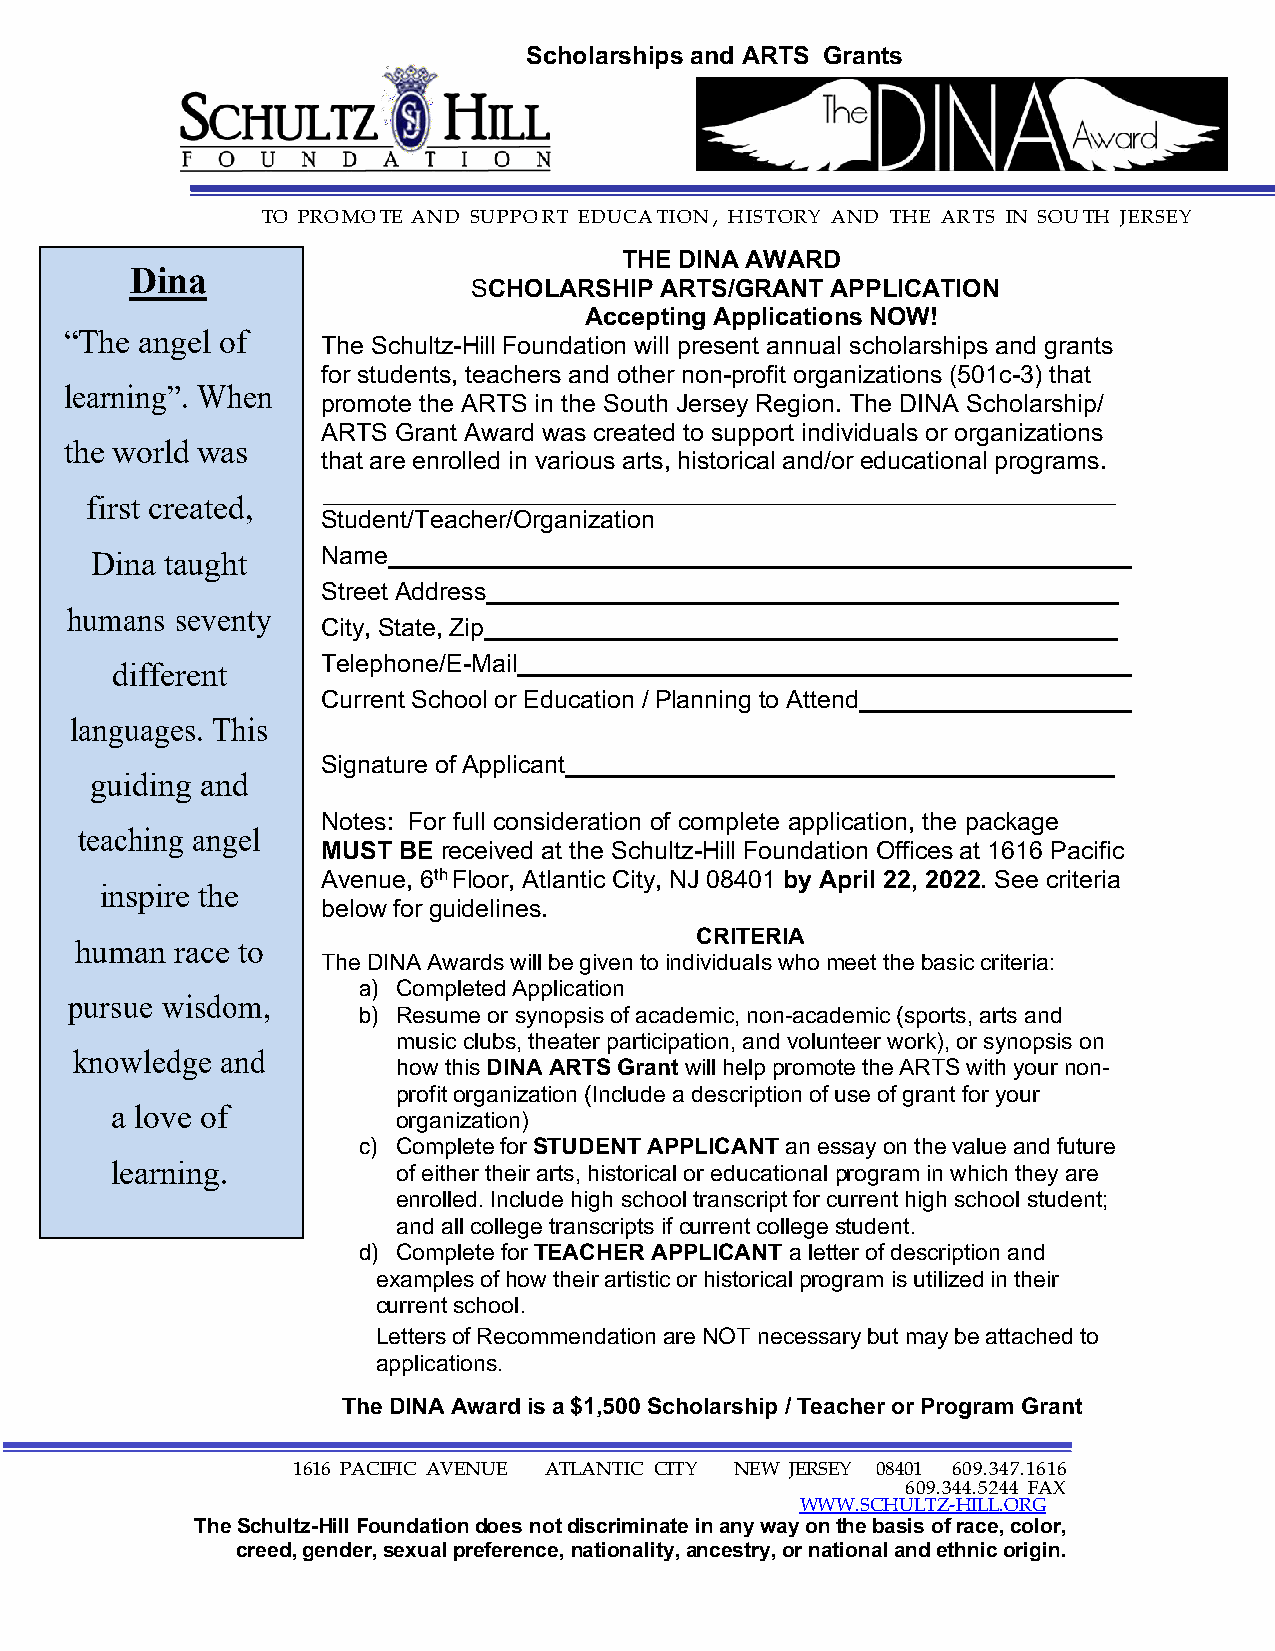
Scholarships and ARTS Grants
 TO PRO MO TE AND SUPPO R T EDUCA TION , H IS TORY AND THE AR TS IN SOU TH JERSEY
 THE DINA AWARD
 Dina
 SCHOLARSHIP  ARTS/GRANT APPLICATION
 Accepting Applications NOW!
 “The angel of
 The Schultz-Hill Foundation will present annual scholarships and grants
 for students, teachers and other non-profit organizations (501c-3) that
 learning”. When
 promote the ARTS in the South Jersey Region. The DINA Scholarship/
 ARTS Grant Award was created to support individuals or organizations
 the world was
 that are enrolled in various arts, historical and/or educational programs.
 first created,
 Student/Teacher/Organization
 Dina taught    Name
 Street Address
 humans  seventy
 City, State, Zip
 Telephone/E-Mail
 different
 Current School or Education / Planning to Attend
 languages. This
 Signature of Applicant
 guiding and
 Notes: For full consideration of complete application, the package
 teaching angel
 MUST BE received at the Schultz-Hill Foundation Offices at 1616 Pacific
 Avenue, 6th Floor, Atlantic City, NJ 08401 by April 22, 2022. See criteria
 inspire the
 below for guidelines.
 CRITERIA
 human  race to
 The DINA Awards will be given to individuals who meet the basic criteria:
 a) Completed Application
 pursue wisdom,
 b) Resume or synopsis of academic, non-academic (sports, arts and
 music clubs, theater participation, and volunteer work), or synopsis on
 knowledge and
 how this DINA ARTS Grant will help promote the ARTS with your non-
 profit organization (Include a description of use of grant for your
 a love of
 organization)
 c) Complete for STUDENT APPLICANT an essay on the value and future
 learning.          of either their arts, historical or educational program in which they are
 enrolled. Include high school transcript for current high school student;
 and all college transcripts if current college student.
 d) Complete for TEACHER APPLICANT a letter of description and
 examples of how their artistic or historical program is utilized in their
 current school.
 Letters of Recommendation are NOT necessary but may be attached to
 applications.
 The DINA Award is a $1,500 Scholarship / Teacher or Program Grant
 1616 PACIFIC AVENUE ATLANTIC CITY NEW JERSEY 08401 609.347.1616
 609.344.5244 FAX
 WWW.SCHULTZ-HILL.ORG
 The Schultz-Hill Foundation does not discriminate in any way on the basis of race, color,
 creed, gender, sexual preference, nationality, ancestry, or national and ethnic origin.